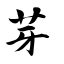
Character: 芽